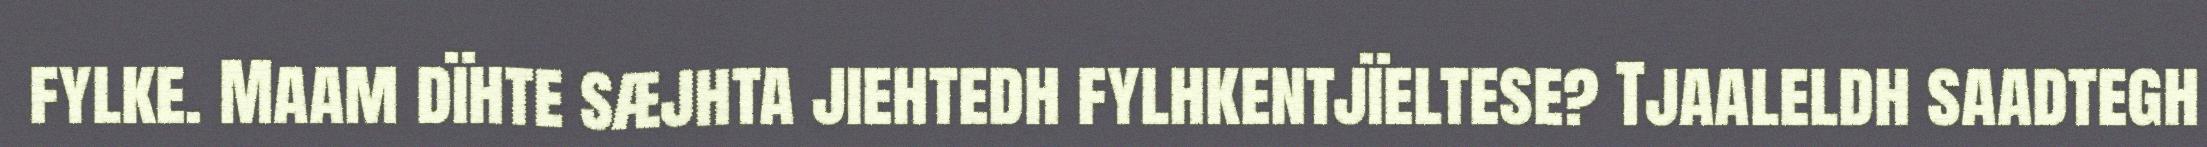
fylke. Maam dïhte sæjhta jiehtedh fylhkentjïeltese? Tjaaleldh saadtegh